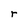
Character: r